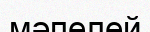
мәпелей